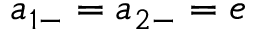
a _ { 1 - } = a _ { 2 - } = e